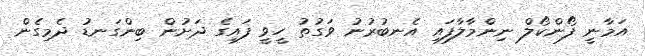
އަމާނީ ފޯންކޯލް ނިންމާލާފައި އެނބުރުނު ވަގުތު ހީވީ ފައިގެ ދަށުން ބިންގަނޑު ދެމިގެން